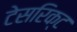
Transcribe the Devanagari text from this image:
टेसरिक्ट